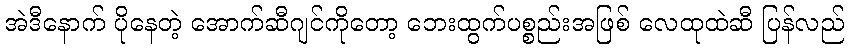
အဲဒီနောက် ပိုနေတဲ့ အောက်ဆီဂျင်ကိုတော့ ဘေးထွက်ပစ္စည်းအဖြစ် လေထုထဲဆီ ပြန်လည်